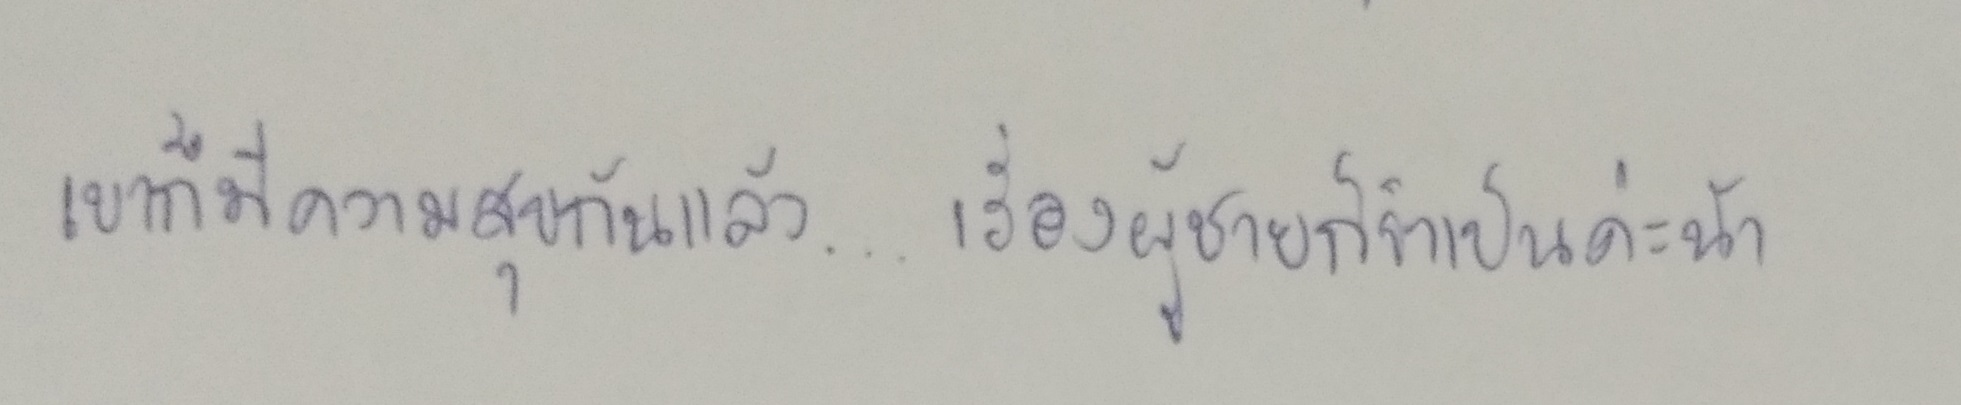
เขาก็มีความสุขกันแล้ว...เรื่องผู้ชายก็จำเป็นค่ะน้า